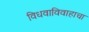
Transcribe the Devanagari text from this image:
विधवाविवाहाचा